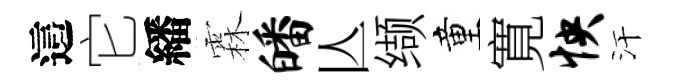
這它繙霖皤亾缬童寛怏汗